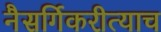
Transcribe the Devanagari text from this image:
नैसर्गिकरीत्याच